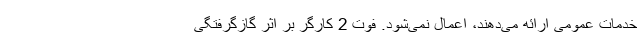
خدمات عمومی ارائه می‌دهند، اعمال نمی‌شود. فوت 2 کارگر بر اثر گازگرفتگی